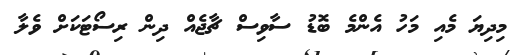
މިދިޔަ މެއި މަހު އެންމެ ބޮޑު ސާވިސް ޗާޖެއް ދިން ރިސޯޓަކަށް ވެލާ